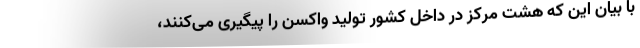
با بیان این که هشت مرکز در داخل کشور تولید واکسن را پیگیری می‌کنند،